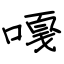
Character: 嘎